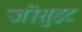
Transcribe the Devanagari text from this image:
जीसुइट